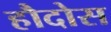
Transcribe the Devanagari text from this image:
हौदोस